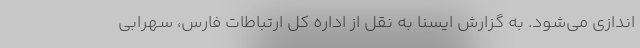
اندازی می‌شود. به گزارش ایسنا به نقل از اداره کل ارتباطات فارس، سهرابی